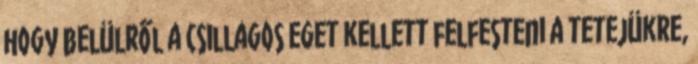
hogy belülről a csillagos eget kellett felfesteni a tetejükre,